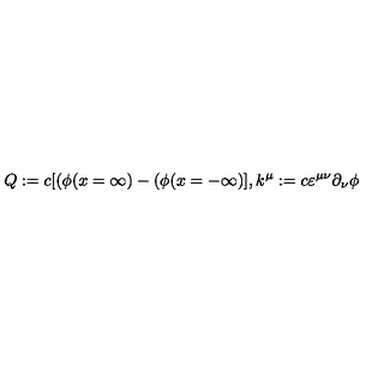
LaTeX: Q : = c [ ( \phi ( x = \infty ) - ( \phi ( x = - \infty ) ] , k ^ { \mu } : = c \varepsilon ^ { \mu \nu } \partial _ { \nu } \phi